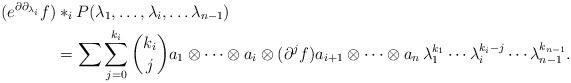
LaTeX: \begin{align*}(e^{\partial\partial_{\lambda_i}}f)&*_iP(\lambda_1,\dots,\lambda_i,\dots\lambda_{n-1})\\&=\sum\sum^{k_i}_{j=0}\binom{k_i}{j}a_1\otimes\cdots\otimes a_i\otimes (\partial^j f)a_{i+1}\otimes \cdots\otimes a_n\,\lambda^{k_1}_1\cdots\lambda^{k_i-j}_i\cdots \lambda^{k_{n-1}}_{n-1}.\end{align*}